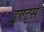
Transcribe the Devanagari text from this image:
डुएट्स